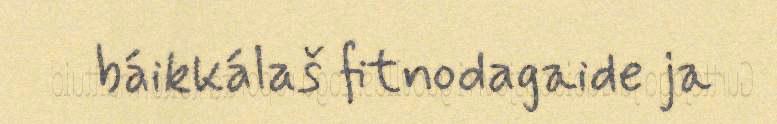
báikkálaš fitnodagaide ja